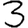
Digit: 3